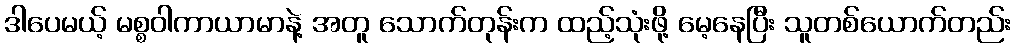
ဒါပေမယ့် မစ္စဝါကာယာမာနဲ့ အတူ သောက်တုန်းက ထည့်သုံးဖို့ မေ့နေပြီး သူတစ်ယောက်တည်း